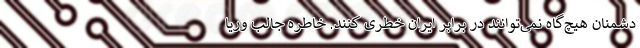
دشمنان هیچ‌گاه نمی‌توانند در برابر ایران خطری کنند. خاطره جالب وریا